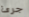
جرئ